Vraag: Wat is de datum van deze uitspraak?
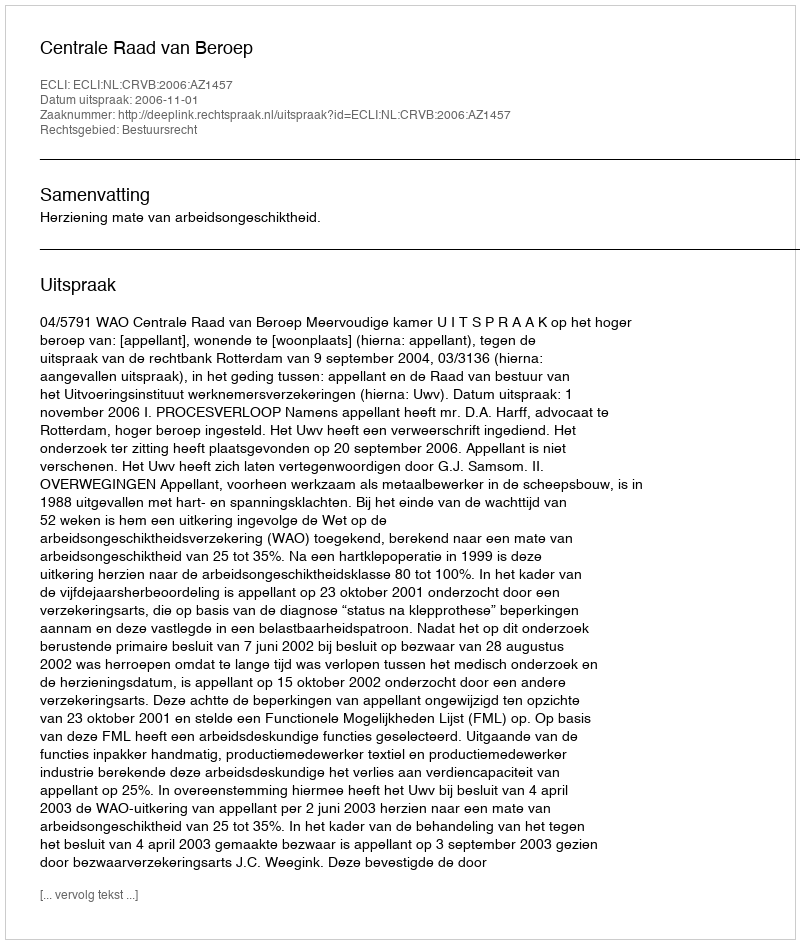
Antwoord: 2006-11-01